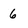
Character: 6